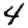
Digit: 4